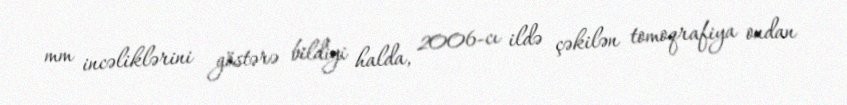
mm incəliklərini göstərə bildiyi halda, 2006-cı ildə çəkilən tomoqrafiya ondan